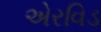
એરવિડ